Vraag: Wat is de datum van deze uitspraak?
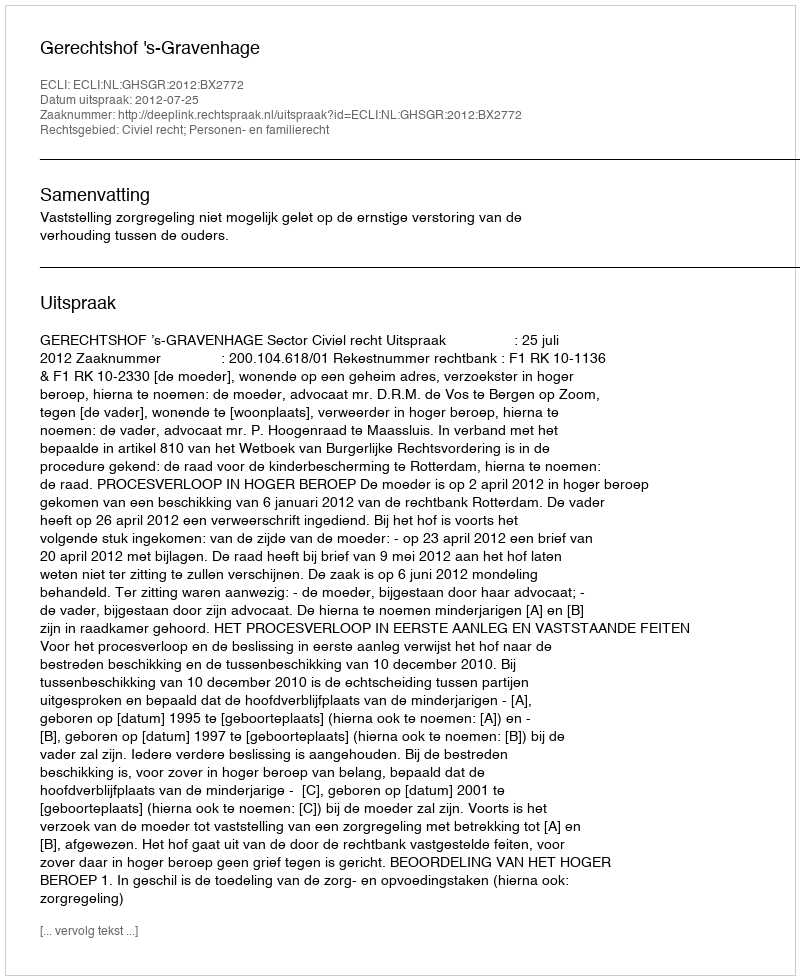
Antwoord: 2012-07-25